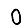
Digit: 0